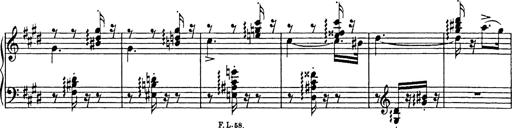
Title: Consolations
Composer: Franz Liszt